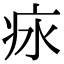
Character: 㽷